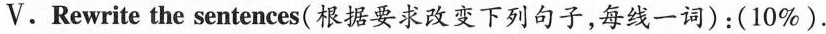
V.Rewrite the sentences(根据要求改变下列句子,每线一词):(10\%).